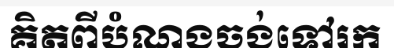
គិតពីបំណងចង់ទៅរក